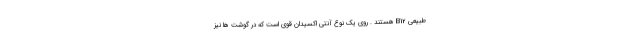
طبیعی B12 هستند . روی یک نوع آنتی اکسیدان قوی است که در گوشت ها نیز